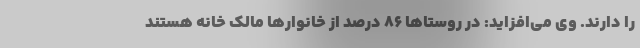
را دارند. وی می‌افزاید: در روستاها ۸۶ درصد از خانوارها مالک خانه هستند